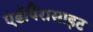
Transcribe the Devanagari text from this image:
एंडोपैरासाइट